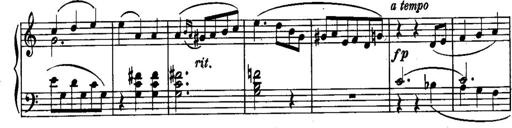
Title: Piano Sonatina No.1, Op.146
Composer: Stephen Heller